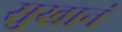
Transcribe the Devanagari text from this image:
सुखानं